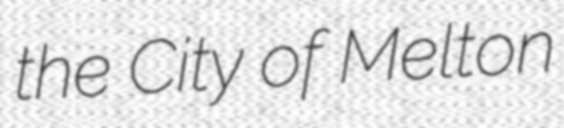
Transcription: the City of Melton